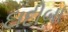
દાદીબા